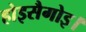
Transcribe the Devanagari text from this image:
होइसैगोइ।